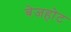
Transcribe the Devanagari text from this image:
बेजहोट